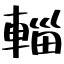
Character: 輜